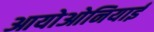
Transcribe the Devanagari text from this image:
आयोओनियाई